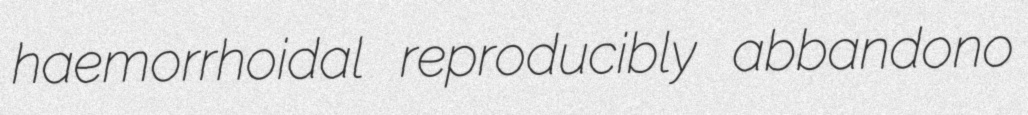
haemorrhoidal reproducibly abbandono